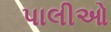
પાલીઓ